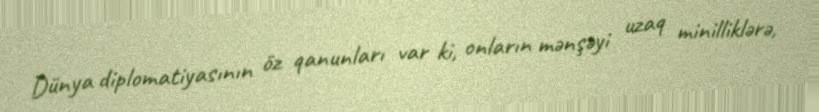
Dünya diplomatiyasının öz qanunları var ki, onların mənşəyi uzaq minilliklərə,